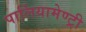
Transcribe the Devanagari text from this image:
पार्लियामेण्ट्री